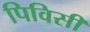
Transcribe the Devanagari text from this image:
पिविसी